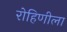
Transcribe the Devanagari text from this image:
रोहिणीला